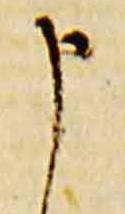
申